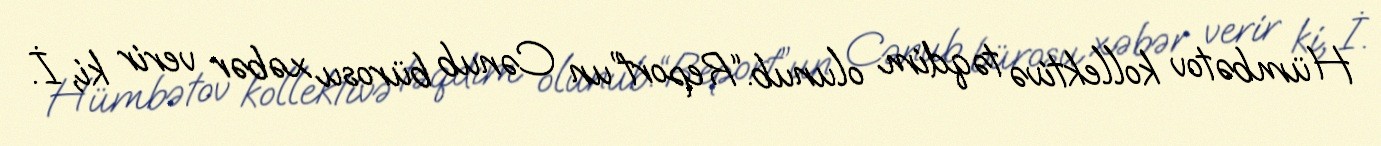
Hümbətov kollektivə təqdim olunub.“Report”un Cənub bürosu xəbər verir ki, İ.